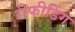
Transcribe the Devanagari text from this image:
रीफीडिंग